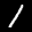
Label: 1